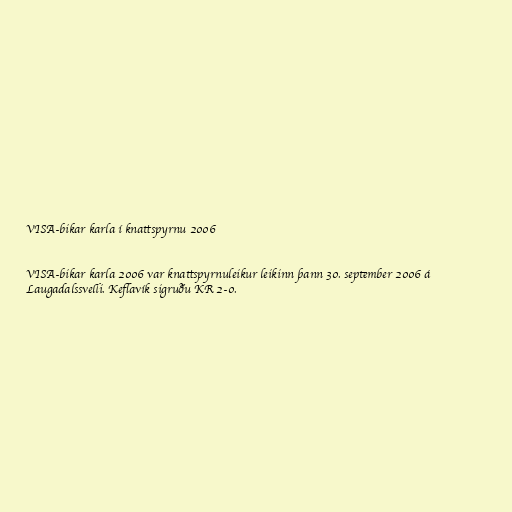
VISA-bikar karla í knattspyrnu 2006

VISA-bikar karla 2006 var knattspyrnuleikur leikinn þann 30. september 2006 á
Laugadalssvelli. Keflavík sigruðu KR 2-0.